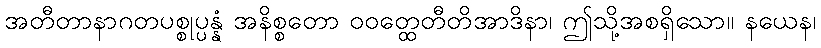
အတီတာနာဂတပစ္စုပ္ပန္နံ အနိစ္စတော ဝဝတ္ထေတီတိအာဒိနာ၊ ဤသို့အစရှိသော။ နယေန၊